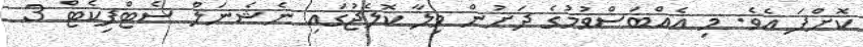
ކޮށްފަ އެވެ. މި އެއްބަސްވުމުގެ ދަށުން ވިލާ ކޮލެޖުގައި ނެޝެނަލް ސެޓްފިކެޓް 3